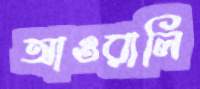
আওরালি